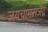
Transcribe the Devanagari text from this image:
जयचामराजेंद्र